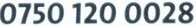
0750 120 0028